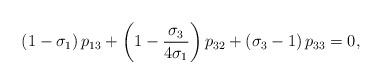
LaTeX: \begin{align*}\left( 1-\sigma_{1}\right) p_{13}+\left( 1-\frac{\sigma_{3}}{4\sigma_{1}}\right) p_{32}+\left( \sigma_{3}-1\right) p_{33}=0,\end{align*}